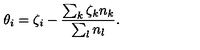
\theta _ { i } = \zeta _ { i } - \frac { \sum _ { k } \zeta _ { k } n _ { k } } { \sum _ { l } n _ { l } } .